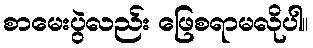
စာမေးပွဲလည်း ဖြေစရာမလိုပါ။